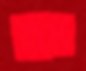
হাম